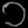
Digit: ၁